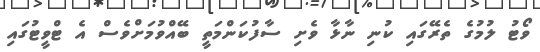
ވޯޓު ލުމުގެ ތެރޭގައި ކުނި ނާޅާ ވެށި ސާފުކަންމަތީ ބޭއްވުމަށްވެސް އެ ޓްވީޓުގައި